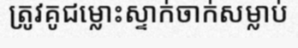
ត្រូវគូជម្លោះស្ទាក់ចាក់សម្លាប់